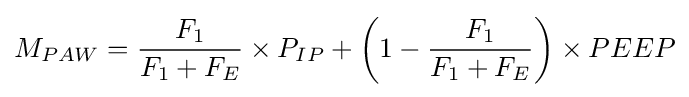
M_{PAW}={\frac {F_{1}}{F_{1}+F_{E}}}\times P_{IP}+\left(1-{\frac {F_{1}}{F_{1}+F_{E}}}\right)\times PEEP